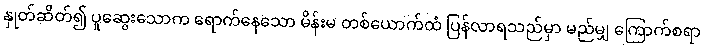
နှုတ်ဆိတ်၍ ပူဆွေးသောက ရောက်နေသော မိန်းမ တစ်ယောက်ထံ ပြန်လာရသည်မှာ မည်မျှ ကြောက်စရာ